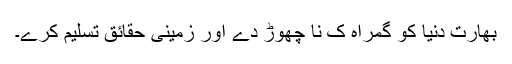
بھارت دنیا کو گمراہ ک نا چھوڑ دے اور زمینی حقائق تسلیم کرے۔